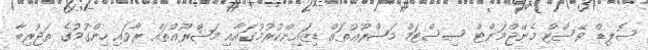
ސޮލިޑް ވޭސްޓް މެނޭޖްމަންޓް ސިސްޓަމް މަޝްރޫޢުތައް ޑިޒައިންކުރުމުގައާއި މަޝްރޫޢުތައް ރާވައި ހިންގުމުގެ ތަޖުރިބާ